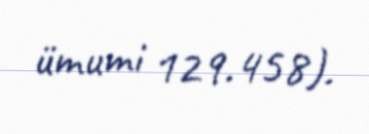
ümumi 129.458).